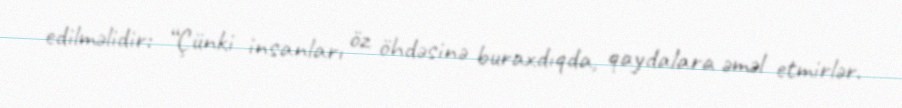
edilməlidir: “Çünki insanları öz öhdəsinə buraxdıqda, qaydalara əməl etmirlər.